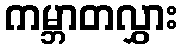
ကမ္ဘာတလွှား